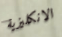
الانكليزية